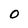
Character: O